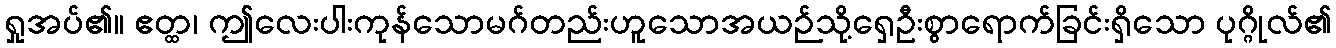
ရှုအပ်၏။ ဧတ္ထ၊ ဤလေးပါးကုန်သောမဂ်တည်းဟူသောအယဉ်သို့ရှေဦးစွာရောက်ခြင်းရှိသော ပုဂ္ဂိုလ်၏